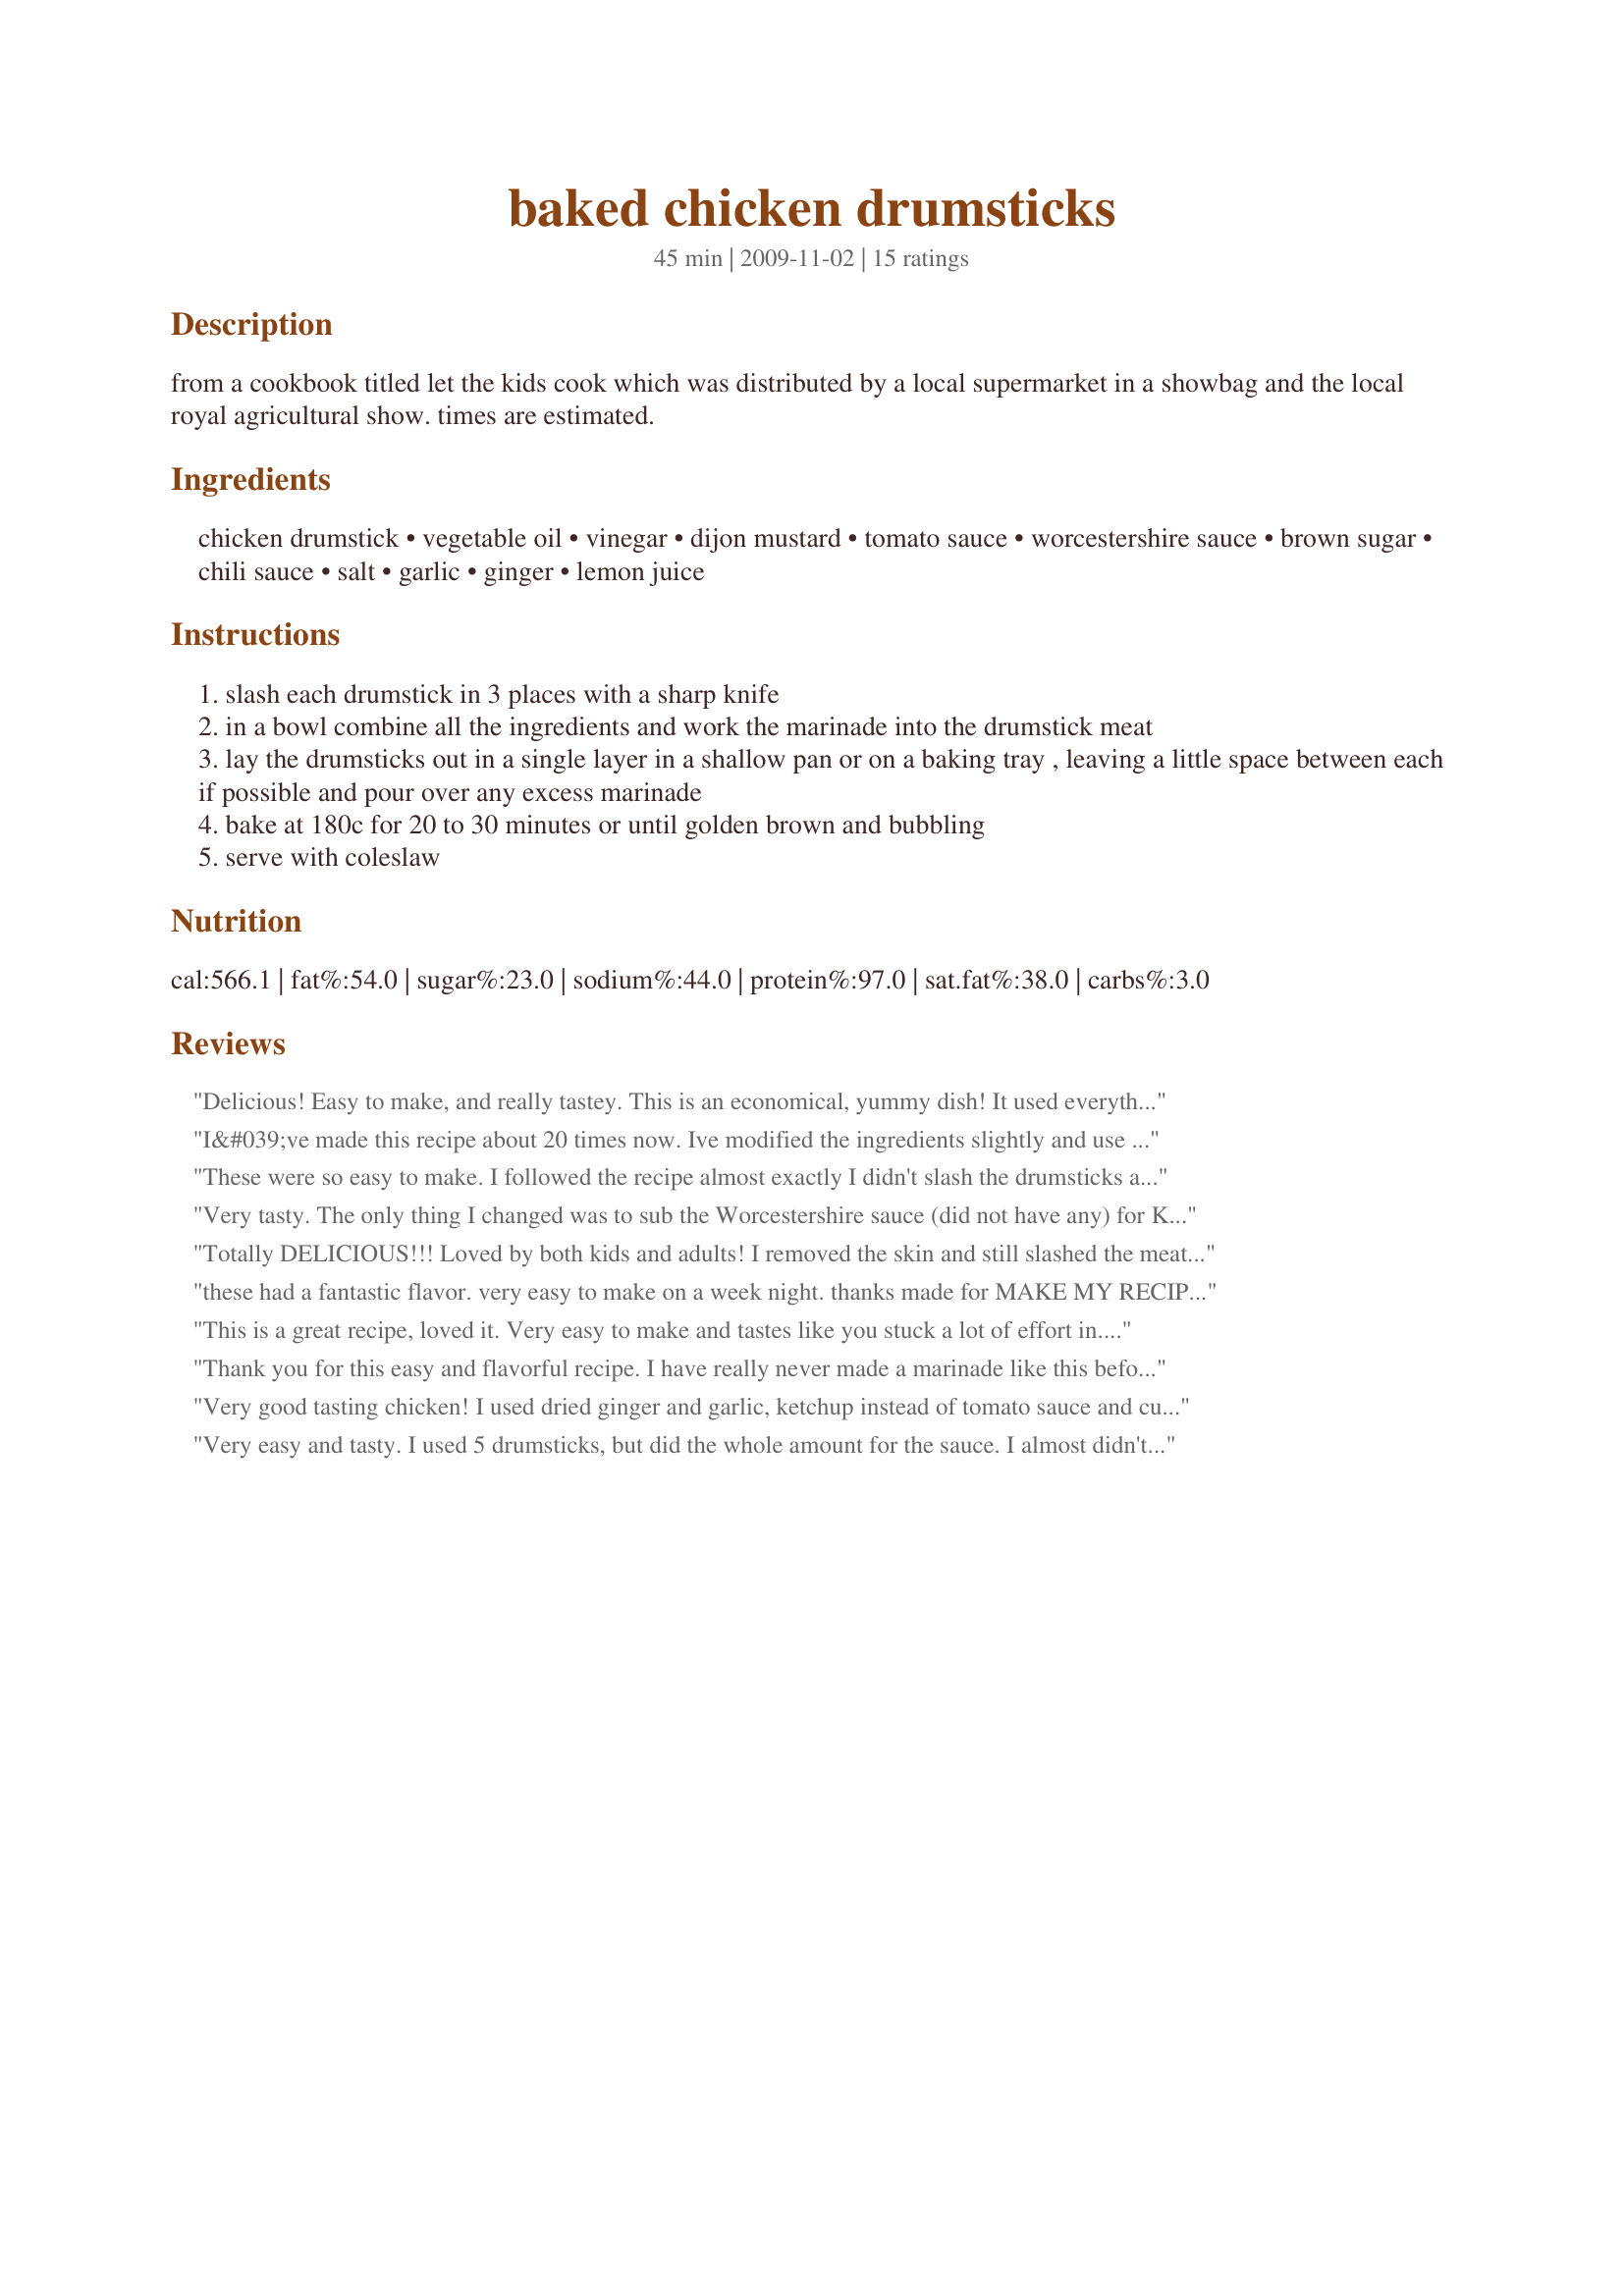
baked chicken drumsticks
Preparation time: 45 minutes

from a cookbook titled let the kids cook which was distributed by a local supermarket in a showbag and the local royal agricultural show. times are estimated.

Ingredients:
chicken drumstick, vegetable oil, vinegar, dijon mustard, tomato sauce, worcestershire sauce, brown sugar, chili sauce, salt, garlic, ginger, lemon juice

Steps:
slash each drumstick in 3 places with a sharp knife
in a bowl combine all the ingredients and work the marinade into the drumstick meat
lay the drumsticks out in a single layer in a shallow pan or on a baking tray , leaving a little space between each if possible and pour over any excess marinade
bake at 180c for 20 to 30 minutes or until golden brown and bubbling
serve with coleslaw

Reviews:
Delicious! Easy to make, and really tastey. This is an economical, yummy dish! It used everything I normally have in my fridge, pantry, or freezer...no trip to the store for me :) ! Thanks for sharing a great drumstick recipe...loved slashing the meat to let the marinade in!
I&#039;ve made this recipe about 20 times now. Ive modified the ingredients slightly and use it for a whole cut up chicken instead of just drum sticks. Instead of the tomato sauce I use ketchup and chili powder instead of the chili sauce. I cook it in a 420 degree oven for about 70 minutes. Amazing, delicious and you will want do to it again.
These were so easy to make.
I followed the recipe almost exactly I didn't slash the drumsticks as I removed the skin from them before rubbing in the marinade, but not slashing the skin was only thing different that I did. I kept basting the drumsticks with the left over marinade during cooking, and the flavours were wonderful. The aroma of the marinade and chicken cooking together smelt fantastic.
This is such an easy and not too mention quick recipe which I will be using again. 
I made these for DH to take to work for lunch, he was looking forward to these...... ummmm guess who walked out the door without his lunch!!!!! lol
Ahh well the whole family is home today....looks like DH won't get a look in!!!!! 
Thanks Pat.
Very tasty. The only thing I changed was to sub the Worcestershire sauce (did not have any) for Ketjap Manis. The drumsticks were good hot as well as cold. Easy to make. Yes, a good recipe. Thanks for posting.
Totally DELICIOUS!!! Loved by both kids and adults! I removed the skin and still slashed the meat. I did not have tomato sauce and substituted with just 1 tbsp ketchup; I used mild chili sauce. This is a keeper and I will for sure be making this again. Thanks for sharing!
these had a fantastic flavor. very easy to make on a week night. thanks made for MAKE MY RECIPE~Tag Game Ed't 10 the aust/nz forum :)
This is a great recipe, loved it. Very easy to make and tastes like you stuck a lot of effort in. This is a must try recipe!!!!!
Thank you for this easy and flavorful recipe. I have really never made a marinade like this before and I and my cousin loved it.
Very good tasting chicken! I used dried ginger and garlic, ketchup instead of tomato sauce and cut the recipe down in half since I only had 4 drummies. Made for Rookie Tag Game 2013.
Very easy and tasty. I used 5 drumsticks, but did the whole amount for the sauce. I almost didn't get the photo. Thanks for posting. Made for Make My Recipe.
Perfect, tasty, and full of flavor these drumsticks are! I followed this exactly and these were just so tasty, I kept a extra drumstick for myself tomorrow! Adored the ginger, it was an undercurrent and very receptive to the rest of the ingredients. Just try this, and you will be going, "Yum, yum, yum...all the way to the barn!!
Made for your win, "Diabetic Forum" April 2010
yummy and easy recipe!
Great BBQ type of chicken. I made 1/2 of the recipe and also used ketchup in place of the tomato sauce and used a paste of fresh ginger in a tube, but otherwise followed as written using chicken wings. After the baking time, I turned on the broiler for a min or two to add a little more color/browning. Thanks for sharing the recipe. Made for Holiday Tag Game.
Yum! I cut the serving size down to one person and I made this just for me. I don't eat red meat and I cooked a rib eye roast for Hubby and Little Miss (DD) so I wanted some chicken. The flavours were so yummy and it was so easy to prepare only took me less then five minutes before it was in the oven. I served the chicken with roast potatoes and carrots and left overs of Recipe #334068. Thanks I'mPat for posting a yummy recipe.
This went over like gangbusters with my two picky eaters. I followed the recipe pretty closely but used catsup in place of the tomato sauce and sugar. Also, used dry spices for the garlic and ginger. Will definitely try with fresh next time. A real crowd pleaser and definite repeater in this household. Thank you!
